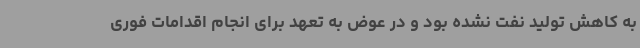
به کاهش تولید نفت نشده بود و در عوض به تعهد برای انجام اقدامات فوری